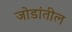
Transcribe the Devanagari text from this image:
जोडांतील